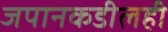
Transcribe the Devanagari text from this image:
जपानकडीलही